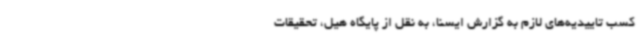
کسب تاییدیه‌های لازم به گزارش ایسنا، به نقل از پایگاه هیل، تحقیقات